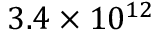
3 . 4 \times 1 0 ^ { 1 2 }